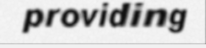
providing